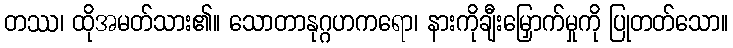
တဿ၊ ထိုအမတ်သား၏။ သောတာနုဂ္ဂဟကရော၊ နားကိုချီးမြှောက်မှုကို ပြုတတ်သော။